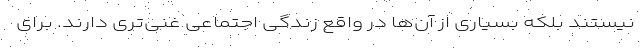
نیستند بلکه بسیاری از آن‌ها در واقع زندگی اجتماعی غنی‌تری دارند. برای